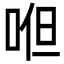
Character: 𭈂